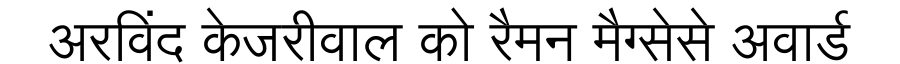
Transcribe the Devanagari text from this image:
अरविंद केजरीवाल को रैमन मैग्सेसे अवार्ड